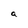
Character: a